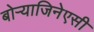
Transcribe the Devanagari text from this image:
बोऱ्याजिनेएसी